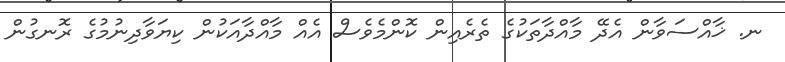
ނ. ޚާއްސަވާން އެދޭ މާއްދާތަކުގެ ތެރެއިން ކޮންމެވެސް އެއް މާއްދާއަކުން ކިޔަވާދިނުމުގެ ރޮނގުން